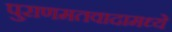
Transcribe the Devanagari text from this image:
पुराणमतवादामध्ये